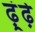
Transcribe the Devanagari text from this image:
ढ़ूंढ़े